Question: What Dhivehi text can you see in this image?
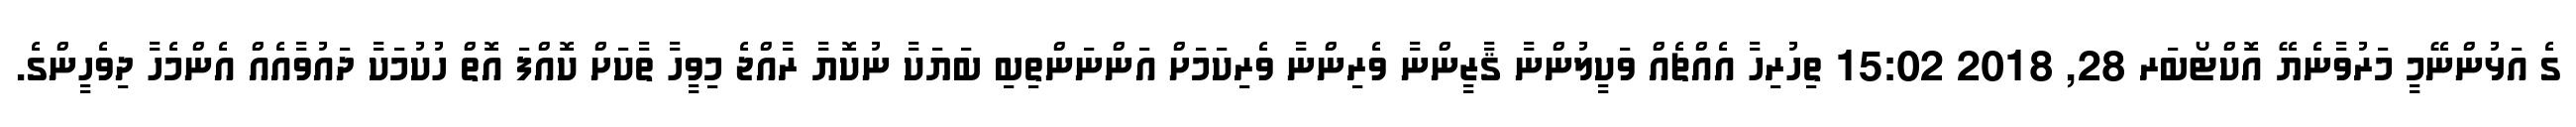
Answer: ގެ އަޅުންނޭމީ މަރުވާނެޔޭ އޮކްޓޯބަރ 28, 2018 15:02 ތިހުރިހާ އެއްޗެއް ވަކީލުންނާ ޤާޒީންނާ ވެރިންނާ ވެރިކަމަށް އަންނަންތިބި ބަޔަކާ ނުކޮޔާ ރާއްޖެ މިވީހާ ތާކަށް ކޮއްފަ އޮތް ހުކުމަކާ ދައުވާއެއް އެންމެހާ ދިވެހީންގެ.